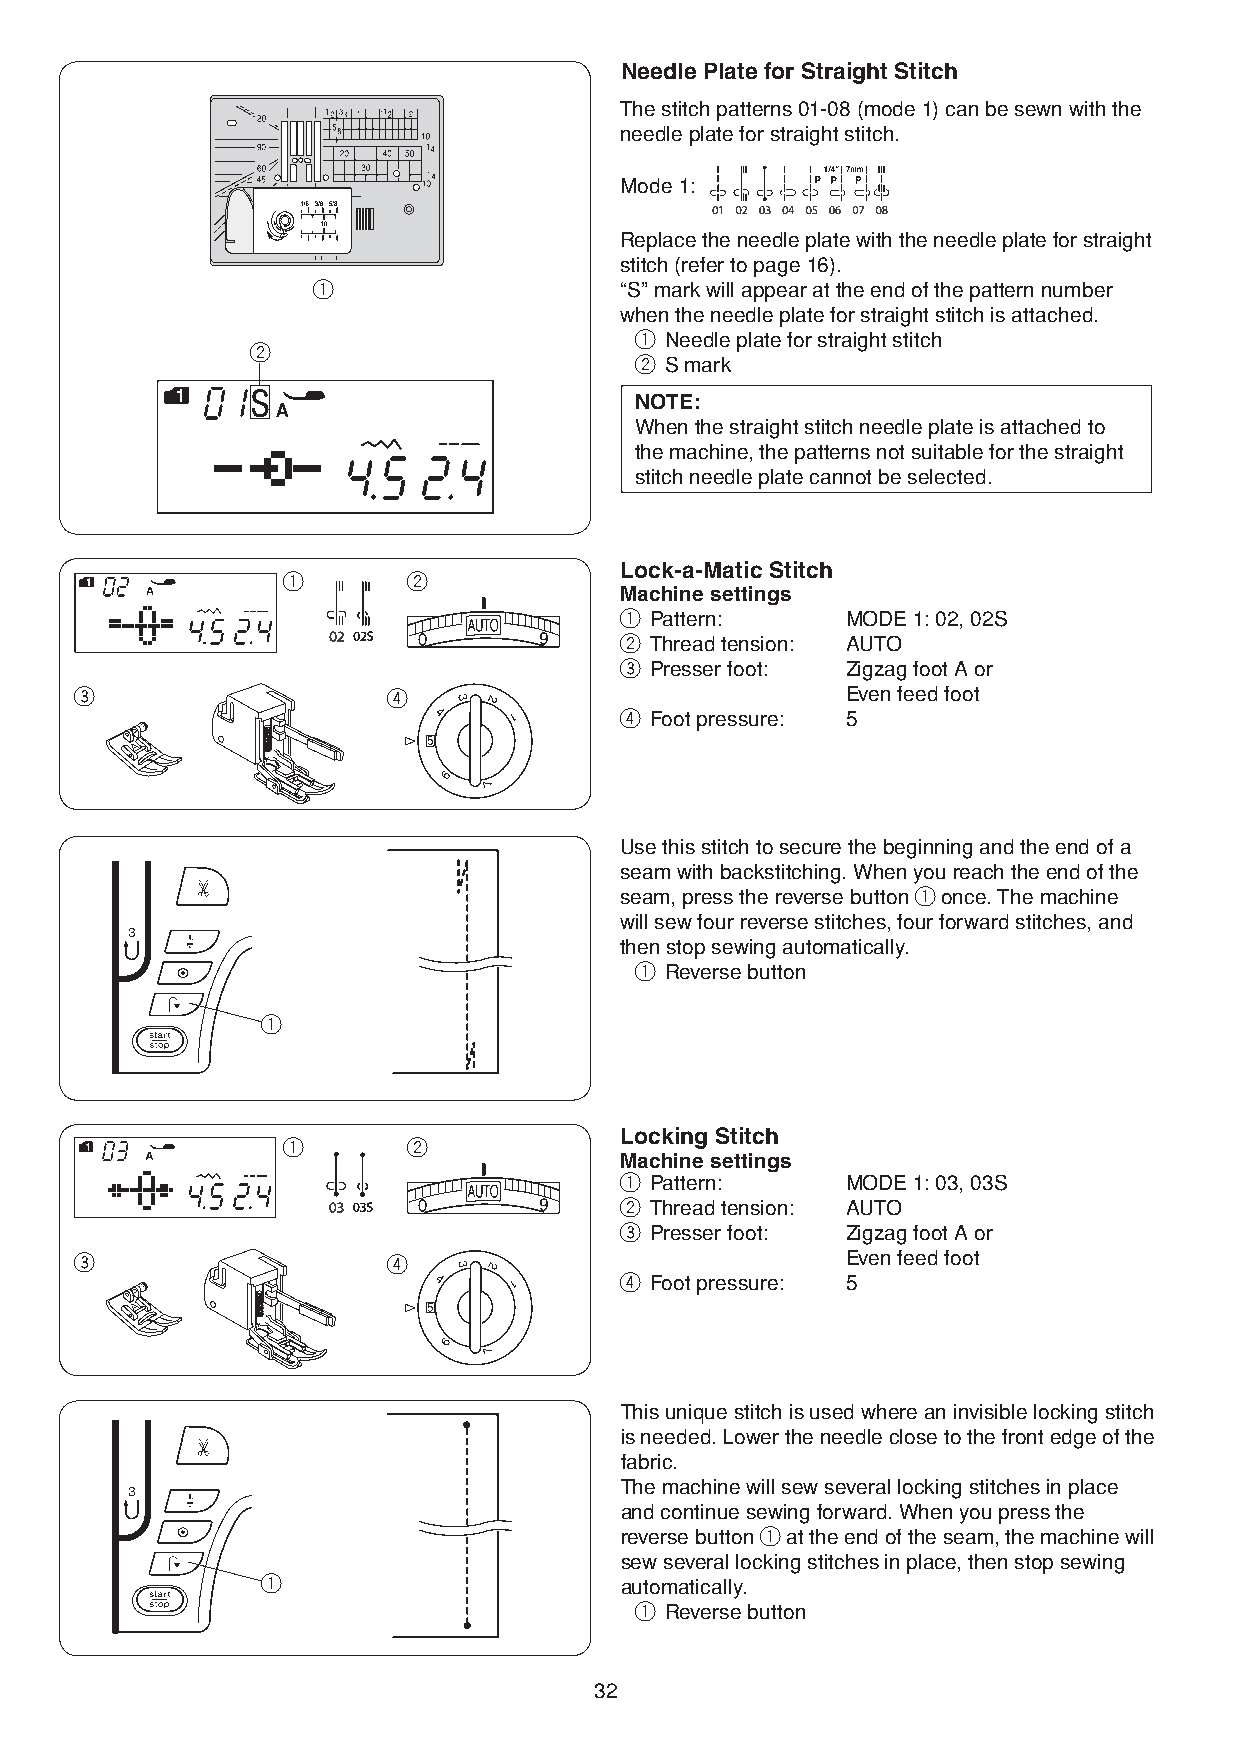
Needle Plate for Straight Stitch
 The stitch patterns 01-08 (mode 1) can be sewn with the
 needle plate for straight stitch.
 Mode 1:
 Replace the needle plate with the needle plate for straight
 stitch (refer to page 16).
 q                   “S” mark will appear at the end of the pattern number
 when the needle plate for straight stitch is attached.
 q Needle plate for straight stitch
 w
 w S mark
 NOTE:
 When the straight stitch needle plate is attached to
 the machine, the patterns not suitable for the straight
 stitch needle plate cannot be selected.
 Lock-a-Matic Stitch
 q       w
 Machine settings
 q Pattern:     MODE 1: 02, 02S
 w Thread tension: AUTO
 e Presser foot: Zigzag foot A or
 e                    r                             Even feed foot
 r Foot pressure: 5
 Use this stitch to secure the beginning and the end of a
 seam with backstitching. When you reach the end of the
 seam, press the reverse button q once. The machine
 will sew four reverse stitches, four forward stitches, and
 then stop sewing automatically.
 q Reverse button
 q
 Locking Stitch
 q       w
 Machine settings
 q Pattern:     MODE 1: 03, 03S
 w Thread tension: AUTO
 e Presser foot: Zigzag foot A or
 e                    r                             Even feed foot
 r Foot pressure: 5
 This unique stitch is used where an invisible locking stitch
 is needed. Lower the needle close to the front edge of the
 fabric.
 The machine will sew several locking stitches in place
 and continue sewing forward. When you press the
 reverse button q at the end of the seam, the machine will
 sew several locking stitches in place, then stop sewing
 q                       automatically.
 q Reverse button
 32